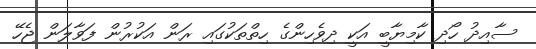
ސާއިދު ހޯދި ކާމިޔާބީ އަކީ ދިވެހިންގެ ހިތްތަކުގައި ރަން އަކުރުން ފަވާލަން ޖެހޭ